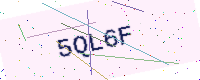
Text: 5QL6F